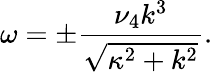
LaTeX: \omega=\pm\frac{\nu_{4}k^{3}}{\sqrt{\kappa^{2}+k^{2}}}.